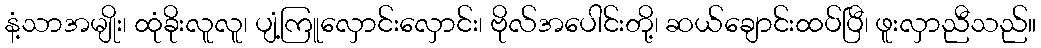
နံ့သာအမျိုး၊ ထုံခိုးလူလူ၊ ပျံ့ကြူလှောင်းလှောင်း၊ ဗိုလ်အပေါင်းတို့၊ ဆယ်ချောင်းထပ်ပြီ၊ ဖူးလှာညီသည်။